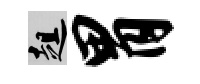
趄胃